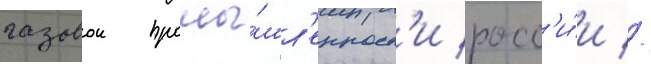
газовои промы́шл'енност'и росс'и́и //